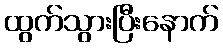
ထွက်သွားပြီးနောက်